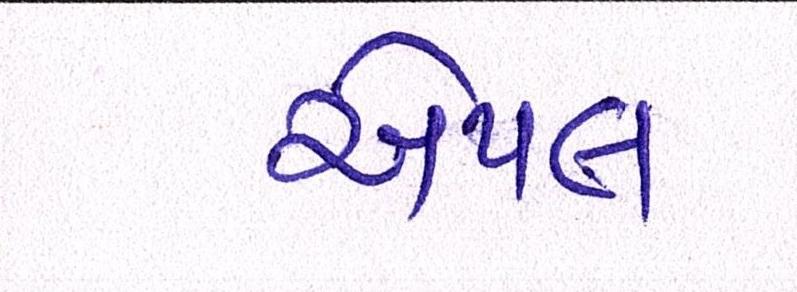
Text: એપલ